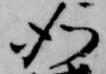
如